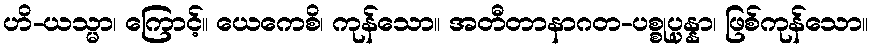
ဟိ-ယသ္မာ၊ ကြောင့်။ ယေကေစိ၊ ကုန်သော။ အတီတာနာဂတ-ပစ္စုပ္ပန္နာ၊ ဖြစ်ကုန်သော။